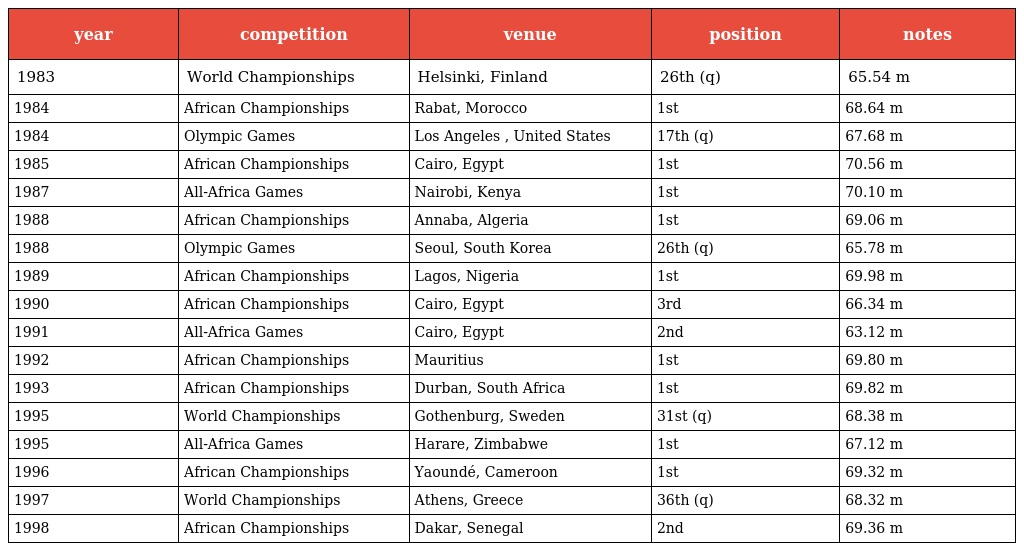
| year | competition | venue | position | notes |
 | --- | --- | --- | --- | --- |
 | 1983 | World Championships | Helsinki, Finland | 26th (q) | 65.54 m |
 | 1984 | African Championships | Rabat, Morocco | 1st | 68.64 m |
 | 1984 | Olympic Games | Los Angeles , United States | 17th (q) | 67.68 m |
 | 1985 | African Championships | Cairo, Egypt | 1st | 70.56 m |
 | 1987 | All-Africa Games | Nairobi, Kenya | 1st | 70.10 m |
 | 1988 | African Championships | Annaba, Algeria | 1st | 69.06 m |
 | 1988 | Olympic Games | Seoul, South Korea | 26th (q) | 65.78 m |
 | 1989 | African Championships | Lagos, Nigeria | 1st | 69.98 m |
 | 1990 | African Championships | Cairo, Egypt | 3rd | 66.34 m |
 | 1991 | All-Africa Games | Cairo, Egypt | 2nd | 63.12 m |
 | 1992 | African Championships | Mauritius | 1st | 69.80 m |
 | 1993 | African Championships | Durban, South Africa | 1st | 69.82 m |
 | 1995 | World Championships | Gothenburg, Sweden | 31st (q) | 68.38 m |
 | 1995 | All-Africa Games | Harare, Zimbabwe | 1st | 67.12 m |
 | 1996 | African Championships | Yaoundé, Cameroon | 1st | 69.32 m |
 | 1997 | World Championships | Athens, Greece | 36th (q) | 68.32 m |
 | 1998 | African Championships | Dakar, Senegal | 2nd | 69.36 m |